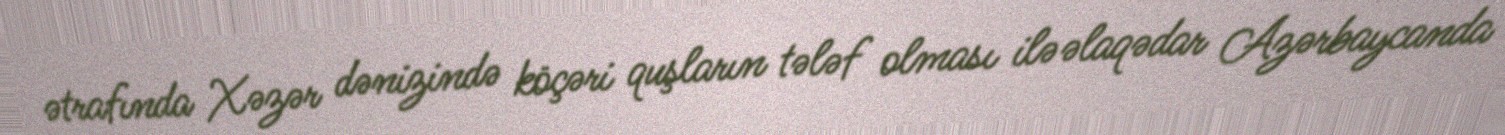
ətrafında Xəzər dənizində köçəri quşların tələf olması ilə əlaqədar Azərbaycanda